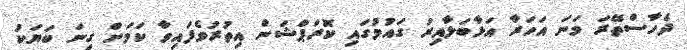
ދެހާސްތޭރަ ވަނަ އަހަރާ އަޅާބަލާއިރު ގައުމުގައި ކޮރަޕްޝަން އިތުރުވެފައިވާ ކަމަށް ގިނަ ބަޔަކު